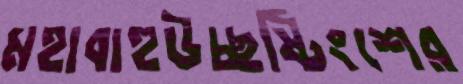
মহাবাহুউচ্ছষ্টিংশের